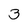
Character: 3